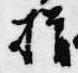
揖